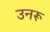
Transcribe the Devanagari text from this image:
उनरू